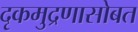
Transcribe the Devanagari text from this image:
दृकमुद्रणासोबत